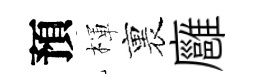
預楎裏廱